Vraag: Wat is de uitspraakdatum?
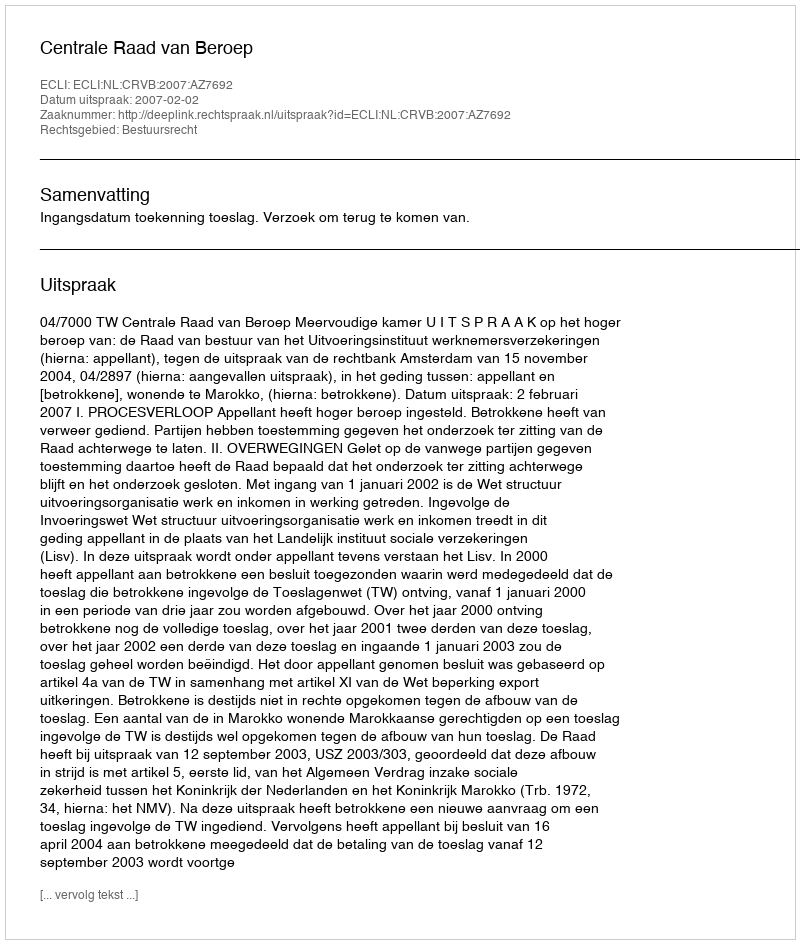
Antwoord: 2007-02-02